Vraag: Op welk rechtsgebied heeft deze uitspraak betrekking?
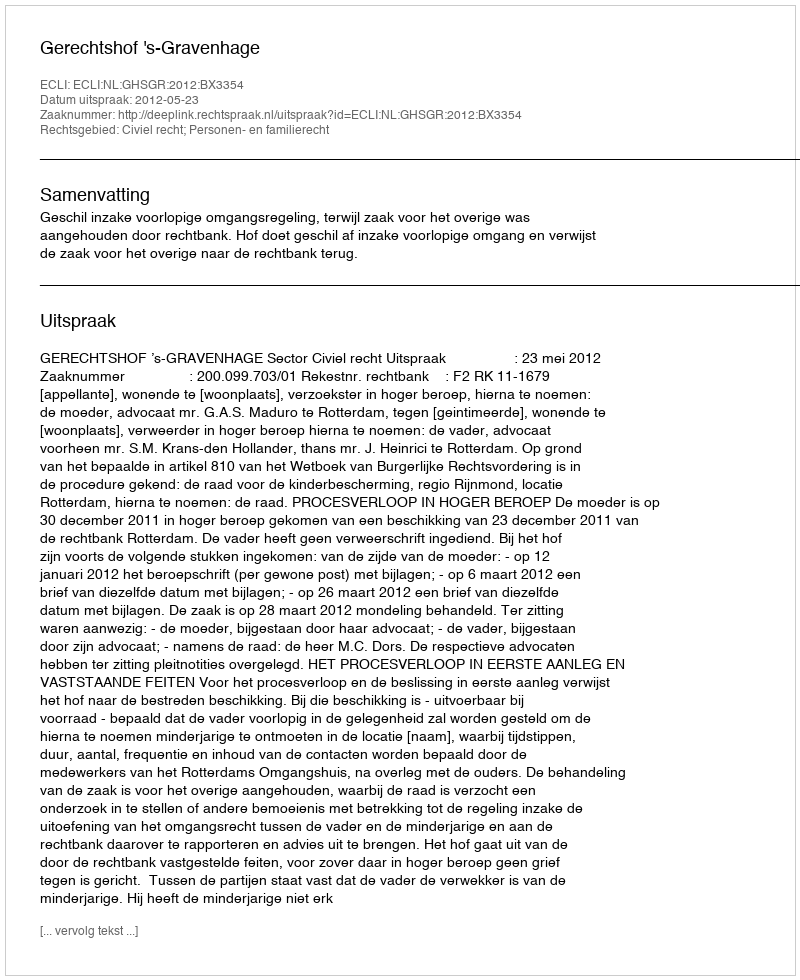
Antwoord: Civiel recht; Personen- en familierecht